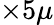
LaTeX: \times 5\mu